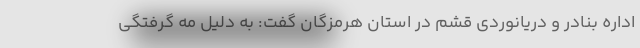
اداره بنادر و دریانوردی قشم در استان هرمزگان گفت: به دلیل مه گرفتگی